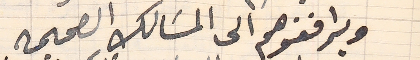
ويرافقوهم الى المسَالك الصحيحه